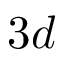
3 d